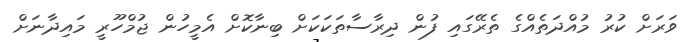
ވަރަށް ކުރު މުއްދަތެއްގެ ތެރޭގައި ފުން ދިރާސާތަކަކަށް ބިނާކޮށް އެމީހުން ޖުމްހޫރީ މައިދާނަށް